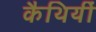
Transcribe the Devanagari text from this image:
कैथियीं